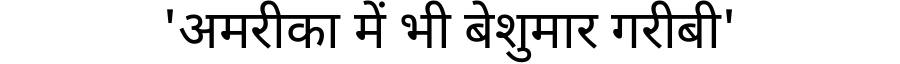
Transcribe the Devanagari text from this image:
'अमरीका में भी बेशुमार गरीबी'